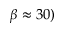
\beta \approx 3 0 )